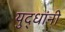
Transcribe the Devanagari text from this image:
युद्धांनी